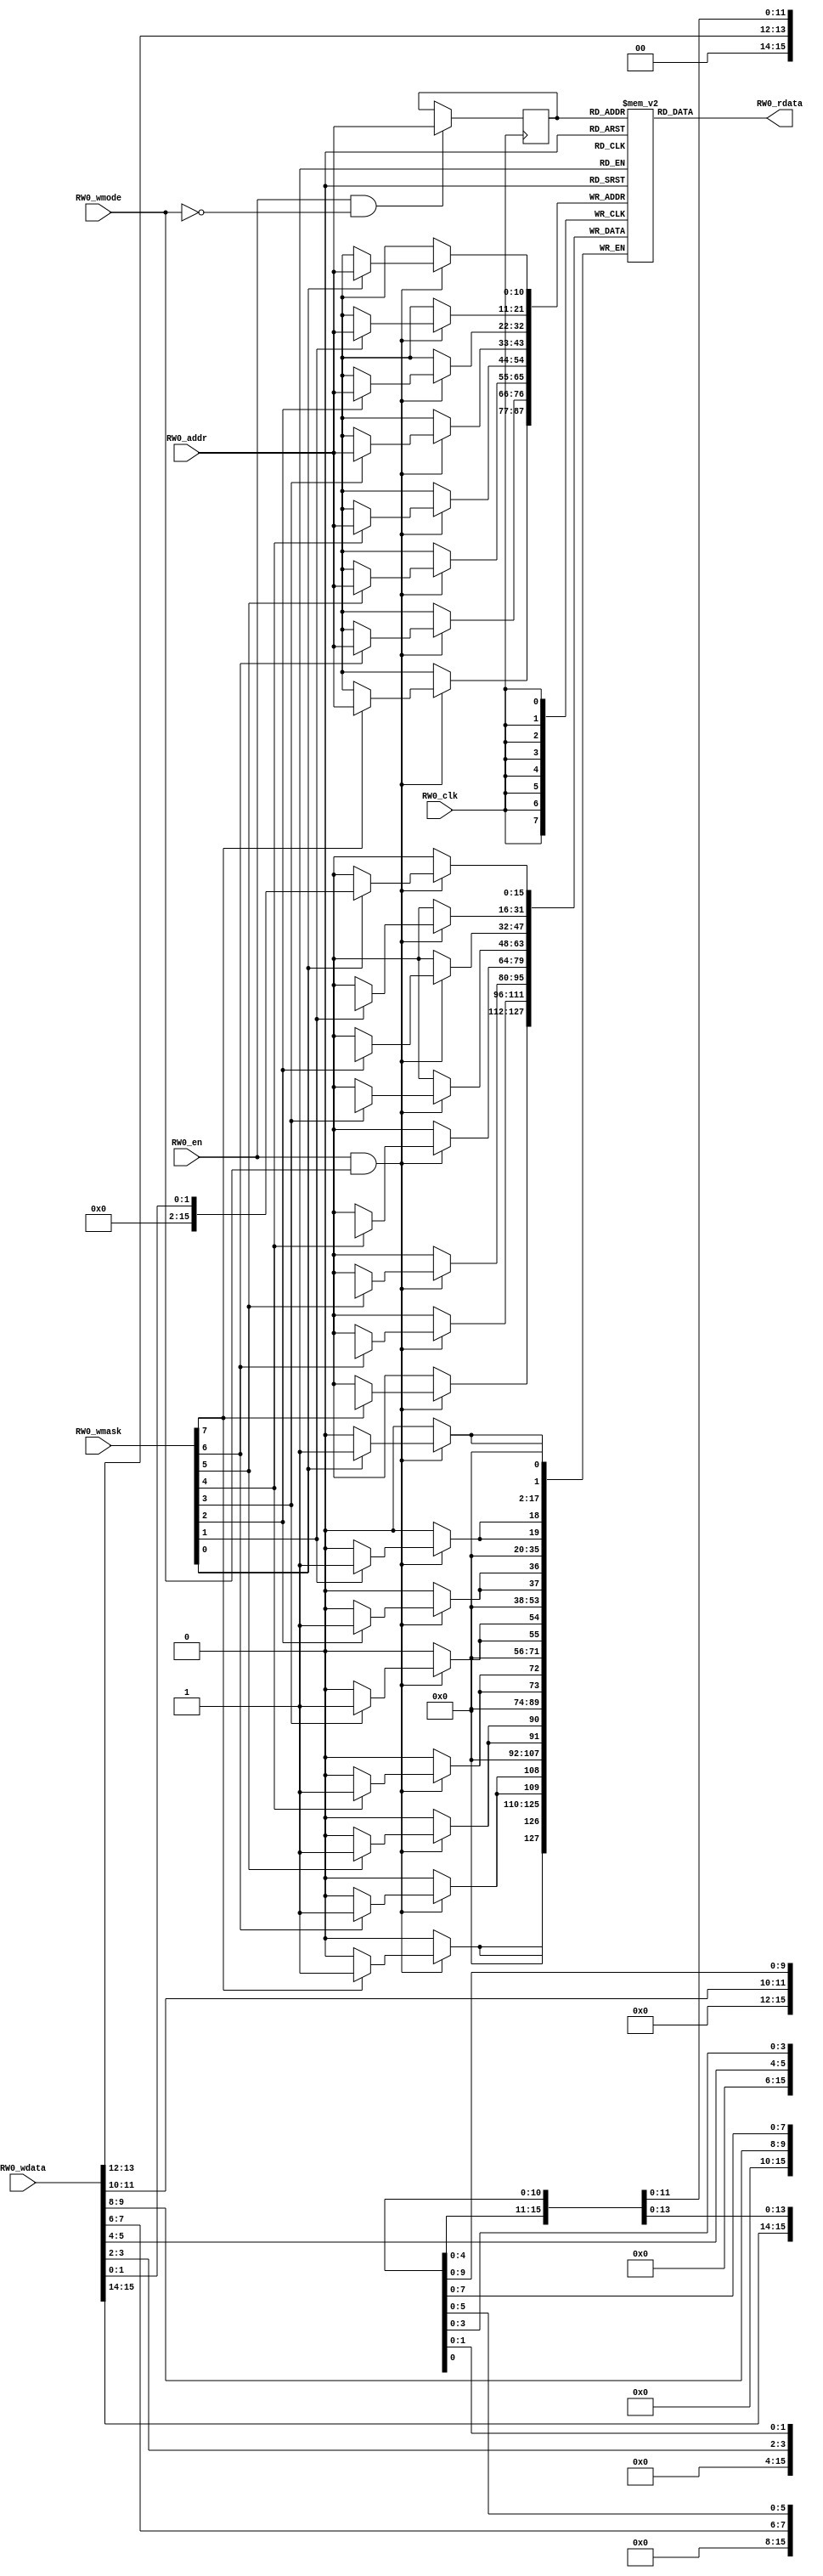
// name:array_33_ext depth:2048 width:16 masked:true maskGran:2 maskSeg:8
module array_33_ext(
  input RW0_clk,
  input [10:0] RW0_addr,
  input RW0_en,
  input RW0_wmode,
  input [7:0] RW0_wmask,
  input [15:0] RW0_wdata,
  output [15:0] RW0_rdata
);


  reg reg_RW0_ren;
  reg [10:0] reg_RW0_addr;
  reg [15:0] ram [2047:0];
  `ifdef RANDOMIZE_MEM_INIT
    integer initvar;
    initial begin
      #`RANDOMIZE_DELAY begin end
      for (initvar = 0; initvar < 2048; initvar = initvar+1)
        ram[initvar] = {1 {$random}};
      reg_RW0_addr = {1 {$random}};
    end
  `endif
  always @(posedge RW0_clk)
    reg_RW0_ren <= RW0_en && !RW0_wmode;
  always @(posedge RW0_clk)
    if (RW0_en && !RW0_wmode) reg_RW0_addr <= RW0_addr;
  always @(posedge RW0_clk)
    if (RW0_en && RW0_wmode) begin
      if (RW0_wmask[0]) ram[RW0_addr][1:0] <= RW0_wdata[1:0];
      if (RW0_wmask[1]) ram[RW0_addr][3:2] <= RW0_wdata[3:2];
      if (RW0_wmask[2]) ram[RW0_addr][5:4] <= RW0_wdata[5:4];
      if (RW0_wmask[3]) ram[RW0_addr][7:6] <= RW0_wdata[7:6];
      if (RW0_wmask[4]) ram[RW0_addr][9:8] <= RW0_wdata[9:8];
      if (RW0_wmask[5]) ram[RW0_addr][11:10] <= RW0_wdata[11:10];
      if (RW0_wmask[6]) ram[RW0_addr][13:12] <= RW0_wdata[13:12];
      if (RW0_wmask[7]) ram[RW0_addr][15:14] <= RW0_wdata[15:14];
    end
  `ifdef RANDOMIZE_GARBAGE_ASSIGN
  reg [31:0] RW0_random;
  `ifdef RANDOMIZE_MEM_INIT
    initial begin
      #`RANDOMIZE_DELAY begin end
      RW0_random = {$random};
      reg_RW0_ren = RW0_random[0];
    end
  `endif
  always @(posedge RW0_clk) RW0_random <= {$random};
  assign RW0_rdata = reg_RW0_ren ? ram[reg_RW0_addr] : RW0_random[15:0];
  `else
  assign RW0_rdata = ram[reg_RW0_addr];
  `endif

endmodule